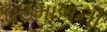
ઘટમાળની